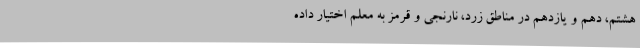
هشتم، دهم و یازدهم در مناطق زرد، نارنجی و قرمز به معلم اختیار داده